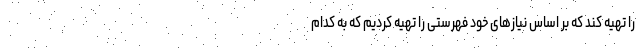
را تهیه کند که بر اساس نیازهای خود فهرستی را تهیه کردیم که به کدام